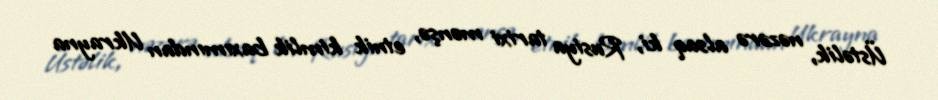
Üstəlik, nəzərə alsaq ki, Rusiya tarixi mənşə, etnik kimlik baxımından Ukrayna